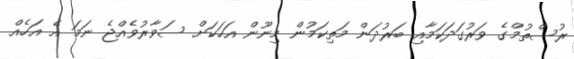
ރުސްތުމްގެ ވަރުގަދަކަމާއި ބަރުދަން މަތިކަމުން މިނޫން އަހަކަށް ސަވާރުވެެއްޖެ ނަމަ އެ އަހެއް